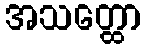
အသတ္ထော